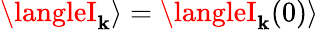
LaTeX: \langleI_{\mathbf{k}}\rangle=\langleI_{\mathbf{k}}(0)\rangle